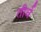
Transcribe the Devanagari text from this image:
तीर्व